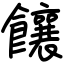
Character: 饟